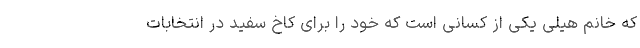
که خانم هیلی یکی از کسانی است که خود را برای کاخ سفید در انتخابات